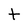
Character: t